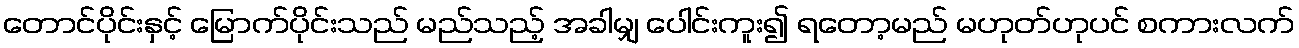
တောင်ပိုင်းနှင့် မြောက်ပိုင်းသည် မည်သည့် အခါမျှ ပေါင်းကူး၍ ရတော့မည် မဟုတ်ဟုပင် စကားလက်